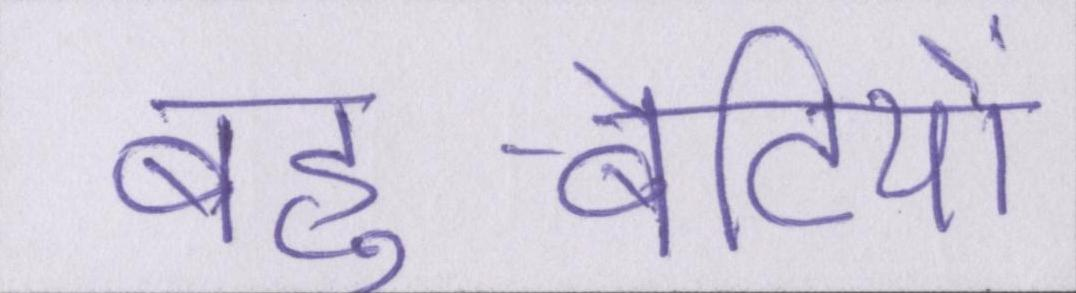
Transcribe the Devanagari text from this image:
बहु-बेटियों